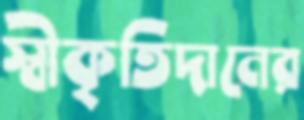
স্বীকৃতিদানের